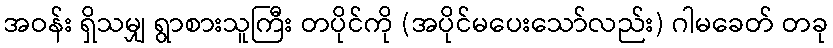
အဝန်း ရှိသမျှ ရွာစားသူကြီး တပိုင်ကို (အပိုင်မပေးသော်လည်း) ဂါမခေတ် တခု